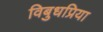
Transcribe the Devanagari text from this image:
विबुधप्रिया